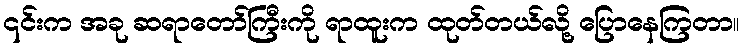
၎င်းက အခု ဆရာတော်ကြီးကို ရာထူးက ထုတ်တယ်လို့ ပြောနေကြတာ။